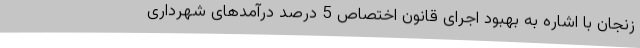
زنجان با اشاره به بهبود اجرای قانون اختصاص 5 درصد درآمدهای شهرداری